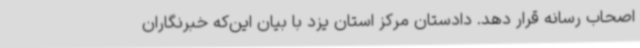
اصحاب رسانه قرار دهد. دادستان مرکز استان یزد با بیان این‌که خبرنگاران